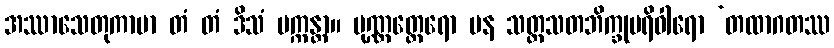
အဿာသေတုကာမာ တံ တံ ဒိသံ ပက္ကန္တာ။ ပုဏ္ဏတ္ထေရော ပန သတ္တသတဘိက္ခုပရိဝါရော ‘တထာဂတဿ